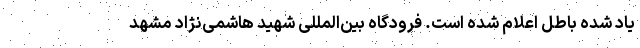
یاد شده باطل اعلام شده است. فرودگاه بین‌المللی شهید هاشمی‌نژاد مشهد